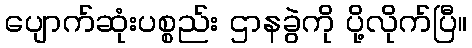
ပျောက်ဆုံးပစ္စည်း ဌာနခွဲကို ပို့လိုက်ပြီ။